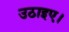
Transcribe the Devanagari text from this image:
उठाइए।